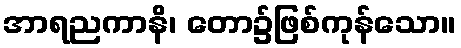
အာရညကာနိ၊ တော၌ဖြစ်ကုန်သော။